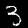
Digit: 3